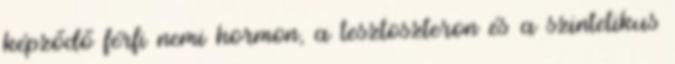
képződő férfi nemi hormon, a tesztoszteron és a szintetikus